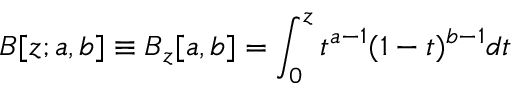
B [ z ; a , b ] \equiv B _ { z } [ a , b ] = \int _ { 0 } ^ { z } t ^ { a - 1 } ( 1 - t ) ^ { b - 1 } d t